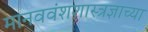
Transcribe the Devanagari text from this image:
मानववंशशास्त्रज्ञाच्या